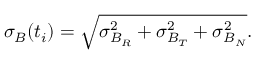
\sigma _ { B } ( t _ { i } ) = \sqrt { \sigma _ { B _ { R } } ^ { 2 } + \sigma _ { B _ { T } } ^ { 2 } + \sigma _ { B _ { N } } ^ { 2 } } .